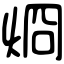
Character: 烱